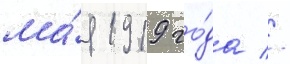
ма́я 1919 го́да //